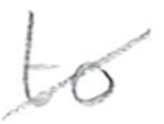
Text: to
Cross-out: diagonal
Writing tool: pencil